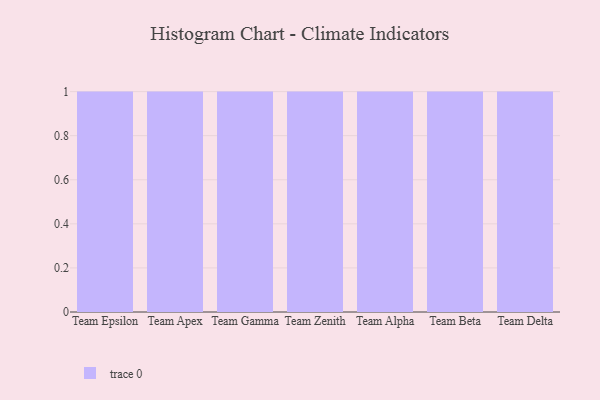
{"axis": {"x": "Team", "y": "Active Users"}, "legend": [""], "data": [{"x": "Team Epsilon", "y": 98, "type": ""}, {"x": "Team Apex", "y": 11, "type": ""}, {"x": "Team Gamma", "y": 38, "type": ""}, {"x": "Team Zenith", "y": 16, "type": ""}, {"x": "Team Alpha", "y": 64, "type": ""}, {"x": "Team Beta", "y": 1, "type": ""}, {"x": "Team Delta", "y": 85, "type": ""}]}